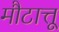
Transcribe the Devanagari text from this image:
मौटात्तू